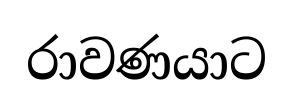
රාවණයාට